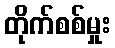
တိုက်စစ်မှုး